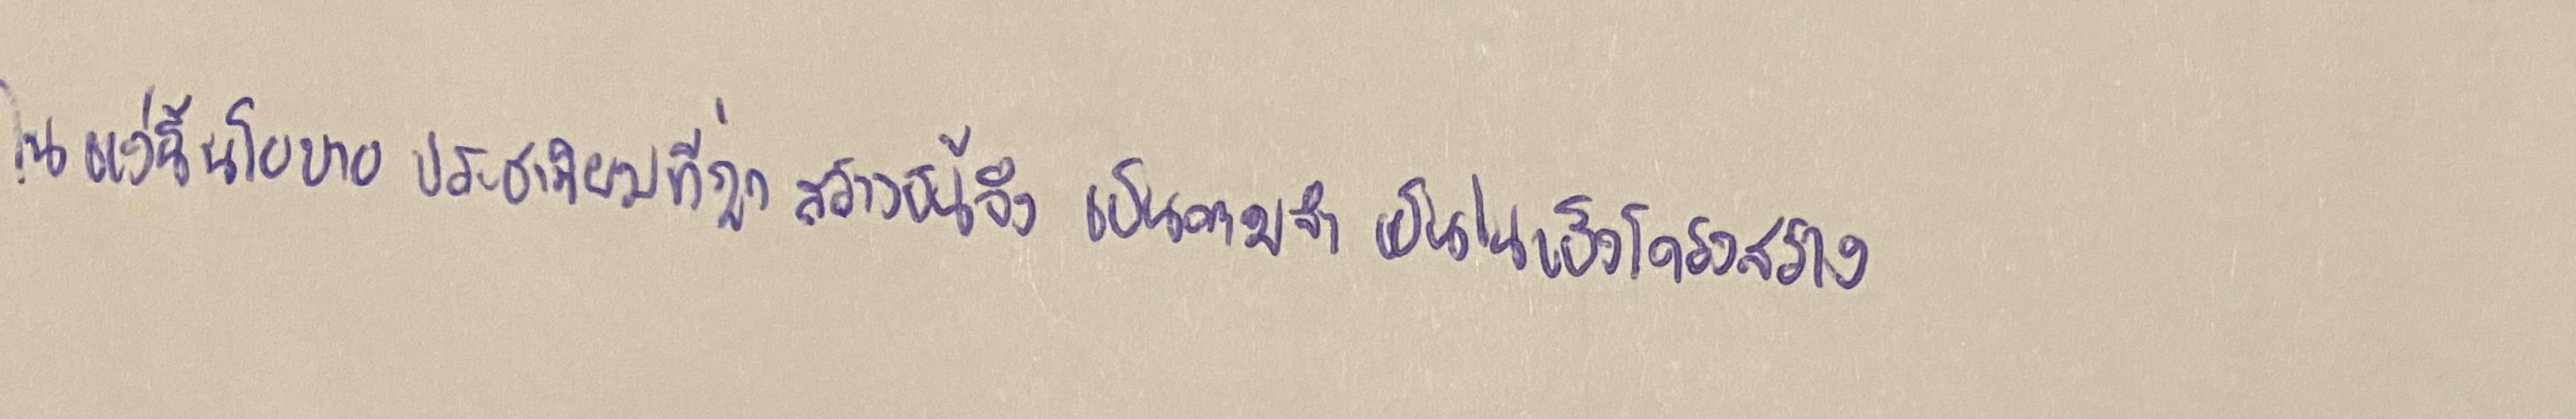
ในแง่นี้นโยบายประชานิยมที่ถูกสร้างขึ้นจึงเป็นความจำเป็นเชิงโครงสร้าง